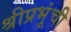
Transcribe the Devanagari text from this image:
श्रीप्रभूंची